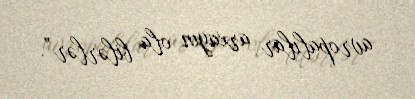
avropalılar arxayın ola bilərlər”.